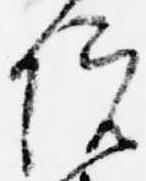
院